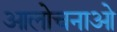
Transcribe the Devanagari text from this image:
आलोचनाओ